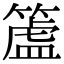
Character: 𥲜